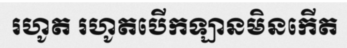
រហូត រហូតបើកឡានមិនកើត